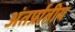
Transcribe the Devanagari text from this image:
अंतर्प्रातीय